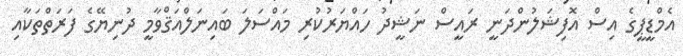
އެމްޑީޕީގެ އިސް އޮފިޝަލުންދަނީ ރައީސް ނަޝީދު ހައްޔަރުކުރި މައްސަލަ ބައިނަލްއަޤްވާމީ ދުނިޔޭގެ ފަރަތްތަކާއި